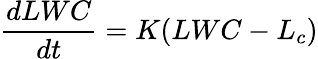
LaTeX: \frac{dLWC}{dt}=K(LWC-L_{c})